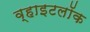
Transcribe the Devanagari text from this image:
व्हाइटलॉक